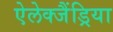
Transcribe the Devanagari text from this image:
ऐलेक्जैंड्रिया